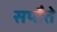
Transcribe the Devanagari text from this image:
सप्तैते